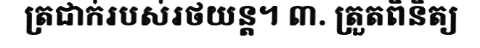
ត្រជាក់របស់រថយន្ត។ ៣. ត្រួតពិនិត្យ